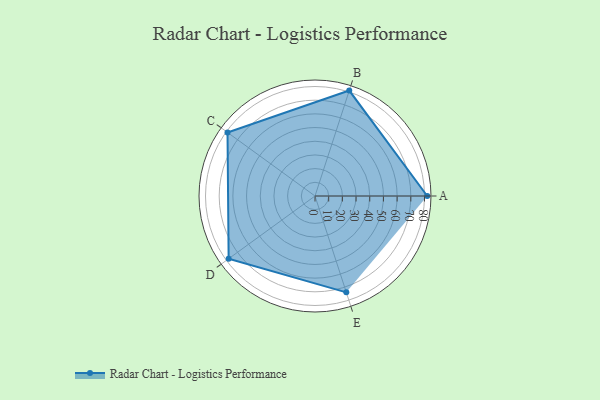
{"axis": {"x": "Skill", "y": "Score"}, "legend": ["Profile"], "data": [{"x": "A", "y": 82.0, "type": "Profile"}, {"x": "B", "y": 81.0, "type": "Profile"}, {"x": "C", "y": 79.0, "type": "Profile"}, {"x": "D", "y": 78.0, "type": "Profile"}, {"x": "E", "y": 74.0, "type": "Profile"}]}